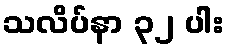
သလိပ်နာ ၃၂ ပါး